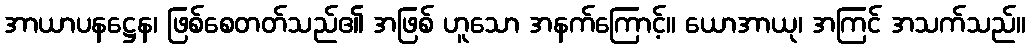
အာယာပနဋ္ဌေန၊ ဖြစ်စေတတ်သည်၏ အဖြစ် ဟူသော အနက်ကြောင့်။ ယောအာယု၊ အကြင် အသက်သည်။